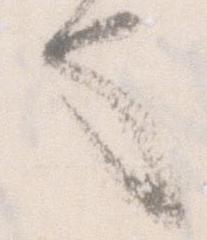
也